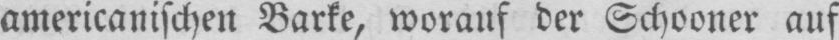
americanischen Barke, worauf der Schooner auf